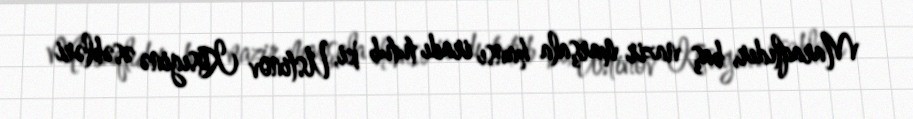
Maraqlıdır, baş nazir marşala hansı iradı tutub ki, Ustinov Kosıginə əsəbləri